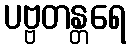
ပဗ္ဗတန္တရေ